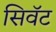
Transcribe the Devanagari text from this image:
सिवॅट